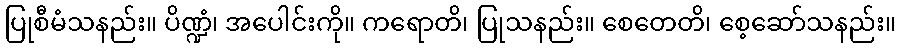
ပြုစီမံသနည်း။ ပိဏ္ဍံ၊ အပေါင်းကို။ ကရောတိ၊ ပြုသနည်း။ စေတေတိ၊ စေ့ဆော်သနည်း။